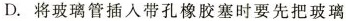
D.将玻璃管插入带孔橡胶塞时要先把玻璃